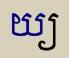
យ្យ